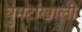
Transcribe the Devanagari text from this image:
घुमटांखाली